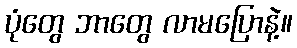
ပုံတွေ ဘာတွေ လာမပြောနဲ့။